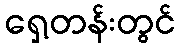
ရှေ့တန်းတွင်